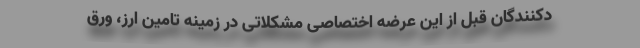
دکنندگان قبل از این عرضه اختصاصی مشکلاتی در زمینه تامین ارز، ورق